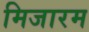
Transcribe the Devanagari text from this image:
मिजारम